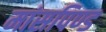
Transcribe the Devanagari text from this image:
मांसपिण्ड